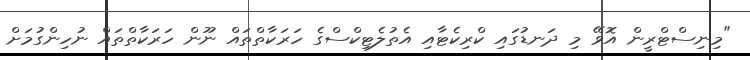
"މިނިސްޓްރީން އޮވޭ މި ދަނޑުގައި ކްރިކެޓާއި އެތުލެޓިކްސްގެ ހަރަކާތްތައް ނޫން ހަރަކާތްތައް ނުހިންގުމަށް